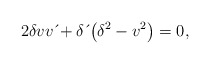
\begin{align*}2\delta vv\,\acute{}+\delta \,\acute{}\left( \delta^{2}-v^{2}\right) =0, \end{align*}